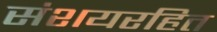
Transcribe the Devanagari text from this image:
संशयरहित